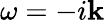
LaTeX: \omega=-i\mathbf{k}